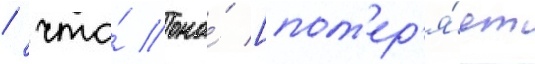
/ что́ она́ [пот'ер'я́ет